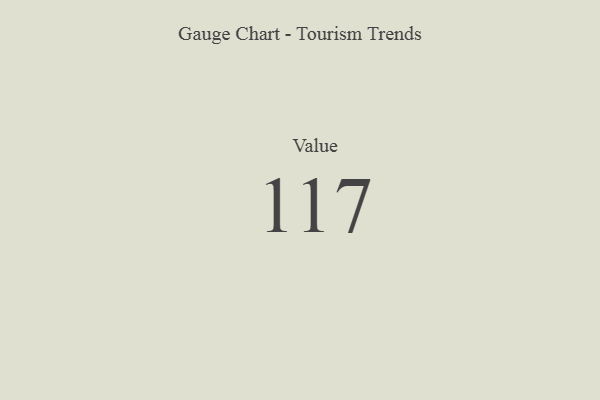
{"axis": {"x": "Metric", "y": "Value"}, "legend": [""], "data": [{"x": "Value", "y": 117, "type": ""}]}